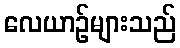
လေယာဉ်များသည်